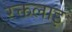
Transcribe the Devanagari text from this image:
रक्तलाइ